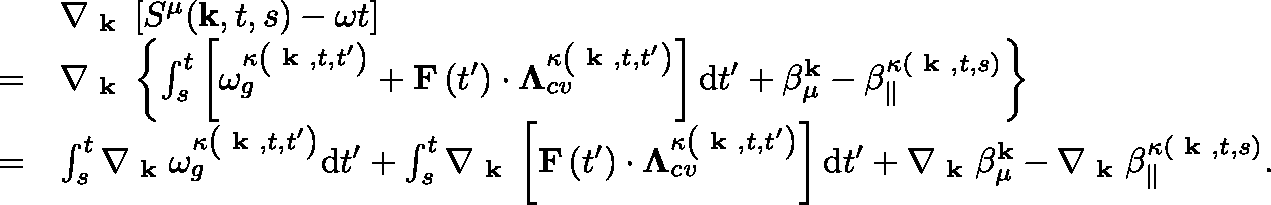
\begin{array} { r l } & { \nabla _ { \textbf { k } } \left[ S ^ { \mu } ( \mathbf { k } , t , s ) - \omega t \right] } \\ { = } & { \nabla _ { \textbf { k } } \left\{ \int _ { s } ^ { t } \left[ \omega _ { g } ^ { \kappa \left( \textbf { k } , t , t ^ { \prime } \right) } + \mathbf { F } \left( t ^ { \prime } \right) \cdot \mathbf { \Lambda } _ { c v } ^ { \kappa \left( \textbf { k } , t , t ^ { \prime } \right) } \right] \mathrm { d } t ^ { \prime } + \beta _ { \mu } ^ { \mathbf { k } } - \beta _ { \| } ^ { \kappa ( \textbf { k } , t , s ) } \right\} } \\ { = } & { \int _ { s } ^ { t } \nabla _ { \textbf { k } } \omega _ { g } ^ { \kappa \left( \textbf { k } , t , t ^ { \prime } \right) } \mathrm { d } t ^ { \prime } + \int _ { s } ^ { t } \nabla _ { \textbf { k } } \left[ \mathbf { F } \left( t ^ { \prime } \right) \cdot \mathbf { \Lambda } _ { c v } ^ { \kappa \left( \textbf { k } , t , t ^ { \prime } \right) } \right] \mathrm { d } t ^ { \prime } + \nabla _ { \textbf { k } } \beta _ { \mu } ^ { \mathbf { k } } - \nabla _ { \textbf { k } } \beta _ { \| } ^ { \kappa ( \textbf { k } , t , s ) } . } \end{array}